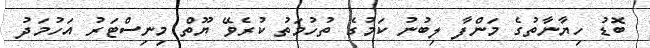
ބޮޑު ހިޔާނާތުގެ މަންފާ ލިބުނު ކަމުގެ ތުހުމަތު ކުރެވޭ ޔޫތް މިނިސްޓަރު އަހުމަދު